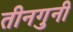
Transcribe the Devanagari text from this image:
तीनगुनी